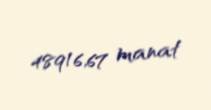
48916,67 manat